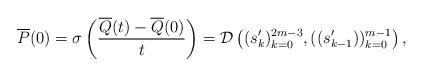
LaTeX: \begin{align*}\overline{P}(0) &= \sigma\left(\frac{\overline{Q}(t)-\overline{Q}(0)}{t}\right) = \mathcal{D}\left((s_{k}')_{k=0}^{2m-3}, ((s_{k-1}'))_{k=0}^{m-1} \right),\end{align*}